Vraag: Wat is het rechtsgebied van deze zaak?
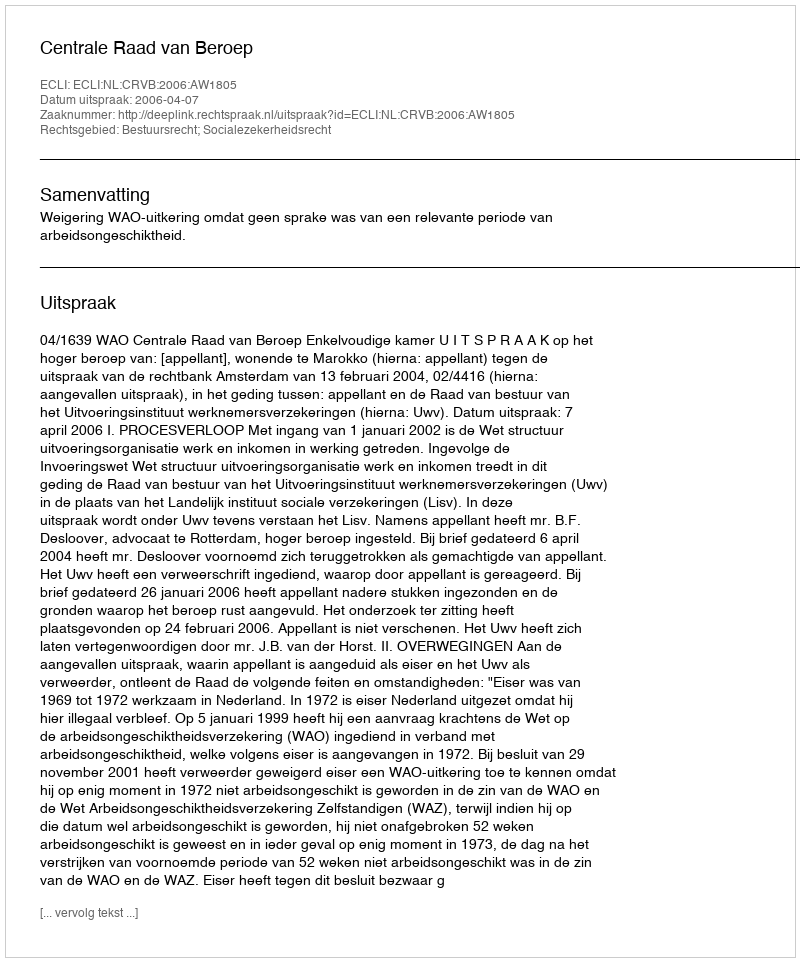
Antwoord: Bestuursrecht; Socialezekerheidsrecht